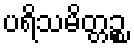
ပရိသမိတ္တဉ္စ